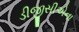
ડીજીસીએના